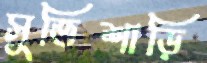
সুতিশাড়ি